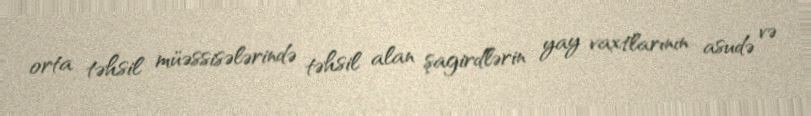
orta təhsil müəssisələrində təhsil alan şagirdlərin yay vaxtlarının asudə və